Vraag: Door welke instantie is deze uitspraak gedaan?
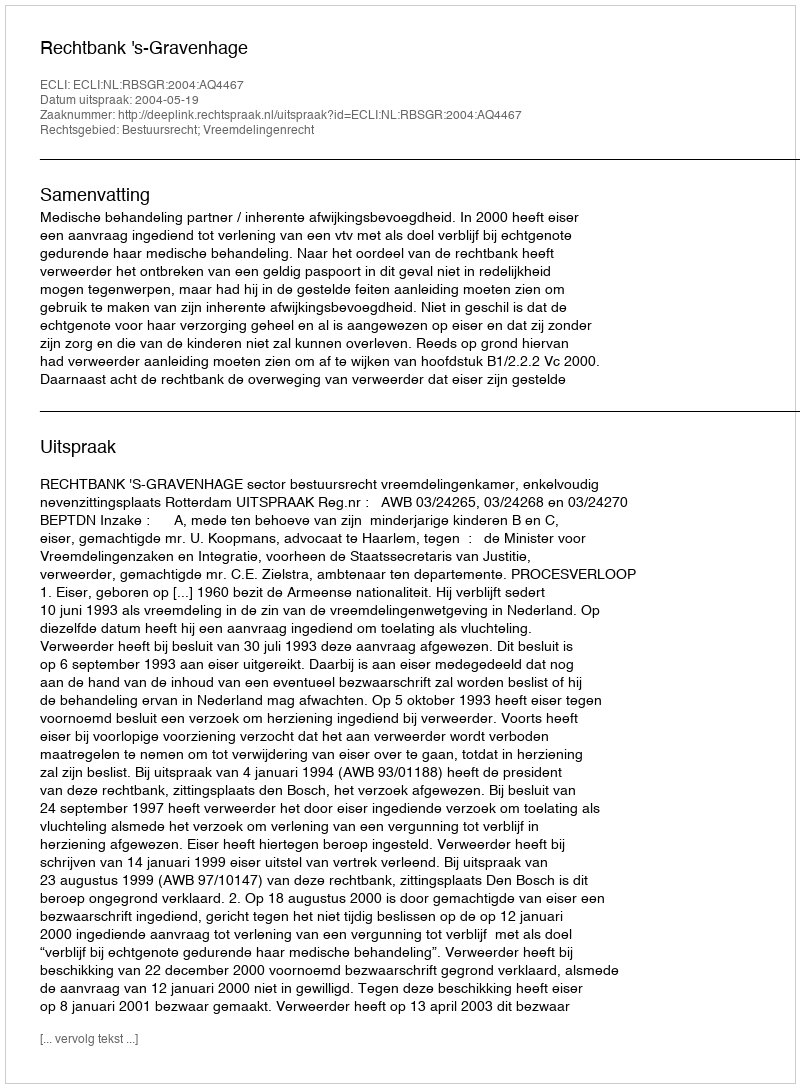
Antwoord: Rechtbank 's-Gravenhage